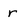
Character: r